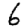
Digit: 6